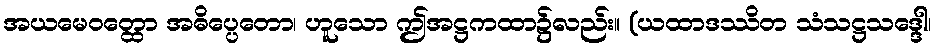
အယမေဝတ္ထော အဓိပ္ပေတော၊ ဟူသော ဤအဋ္ဌကထာ၌လည်း။ (ယထာဒဿိတ သံသဋ္ဌသဒ္ဒေါ၊